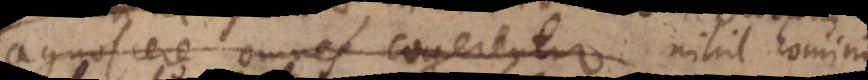
agnoscere omnes cogerentur. Contradicendi